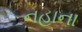
નહાના